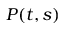
\textstyle P ( t , s )